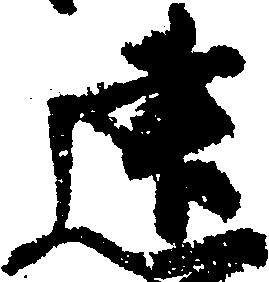
建